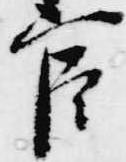
官